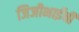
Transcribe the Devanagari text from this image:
जिजीभाईंची